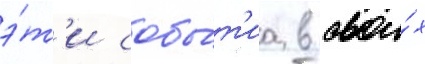
э́т'и собы́т'иа в свои́х